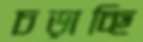
চড়াচ্ছি